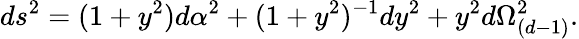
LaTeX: ds^{2}=(1+y^{2})d\alpha^{2}+(1+y^{2})^{-1}dy^{2}+y^{2}d\Omega_{(d-1)}^{2}.